Problem: 40 + 16 = ?
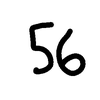
Handwritten answer: 56